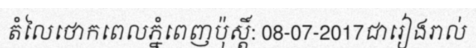
តំលៃថោកពេលភ្នំពេញប៉ុស្តិ៍: 08-07-2017ជារៀងរាល់